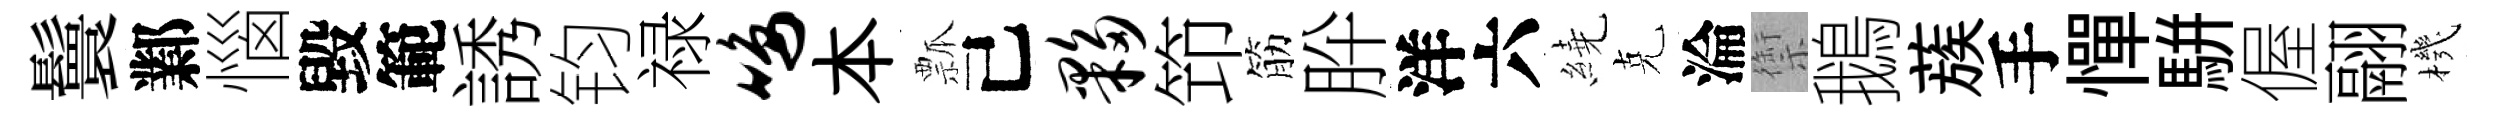
鬟鄴惱毀範誘钧禄鸣本瓢己夥笻筋肸洋六繞克淪禦鵝蔟手憚駢偓翮機